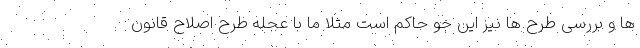
ها و بررسی طرح ها نیز این جو حاکم است مثلا ما با عجله طرح اصلاح قانون